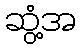
ဆွံ့အ